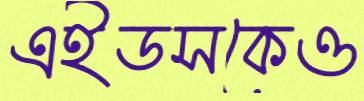
এইডসকেও